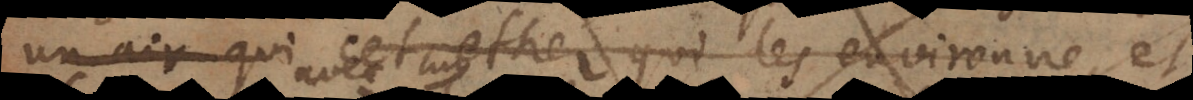
un air qui cet ether qui les environne, et